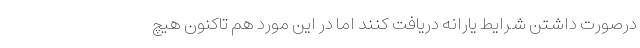
درصورت داشتن شرایط یارانه دریافت کنند اما در این مورد هم تاکنون هیچ